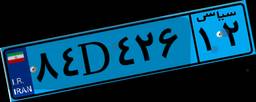
۸۴D۴۲۶۱۲